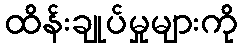
ထိန်းချုပ်မှုများကို